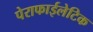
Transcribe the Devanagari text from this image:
पेराफाईलेटिक